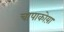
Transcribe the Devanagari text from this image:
चापाकोय़ा